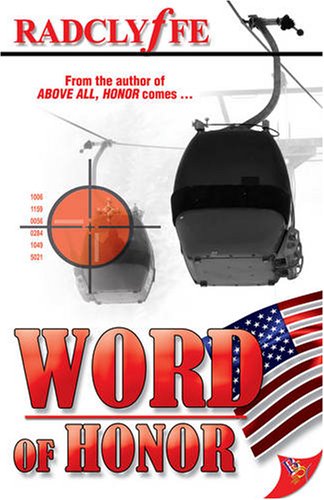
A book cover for Word of Honor; Radclyffe; Romance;